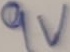
Text: 9V